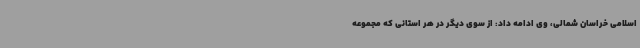
اسلامی خراسان شمالی، وی ادامه داد: از سوی دیگر در هر استانی که مجموعه